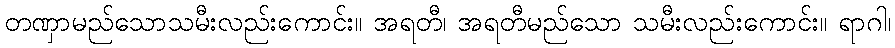
တဏှာမည်သောသမီးလည်းကောင်း။ အရတီ၊ အရတီမည်သော သမီးလည်းကောင်း။ ရာဂါ၊